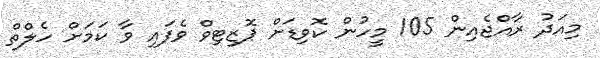
މިއަދު ރާއްޖެއިން 105 މީހުން ކޮވިޑަށް ޕޮޒިޓިވް ވެފައި ވާ ކަމަށް ހެލްތް